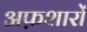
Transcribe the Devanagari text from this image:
अफ़शारों